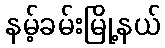
နမ့်ခမ်းမြို့နယ်